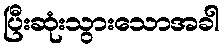
ပြီးဆုံးသွားသောအခါ